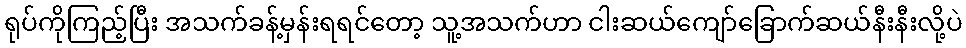
ရုပ်ကိုကြည့်ပြီး အသက်ခန့်မှန်းရရင်တော့ သူ့အသက်ဟာ ငါးဆယ်ကျော်ခြောက်ဆယ်နီးနီးလို့ပဲ